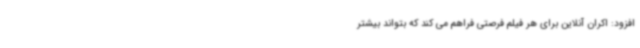
افزود: اکران آنلاین برای هر فیلم فرصتی فراهم می کند که بتواند بیشتر